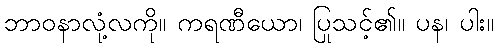
ဘာဝနာလုံ့လကို။ ကရဏီယော၊ ပြုသင့်၏။ ပန၊ ပါး။